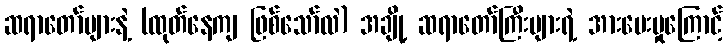
ဆရာတော်များနဲ့ (ထုတ်နေကျ ဖြစ်သော်လဲ) အချို့ ဆရာတော်ကြီးများရဲ့ အားပေးမှုကြောင့်